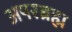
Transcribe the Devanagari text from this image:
अपरब्रह्म